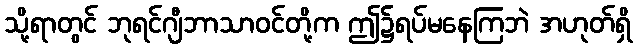
သို့ရာတွင် ဘုရင်ဂျီဘာသာဝင်တို့က ဤ၌ရပ်မနေကြဘဲ အဟုတ်ရှိ